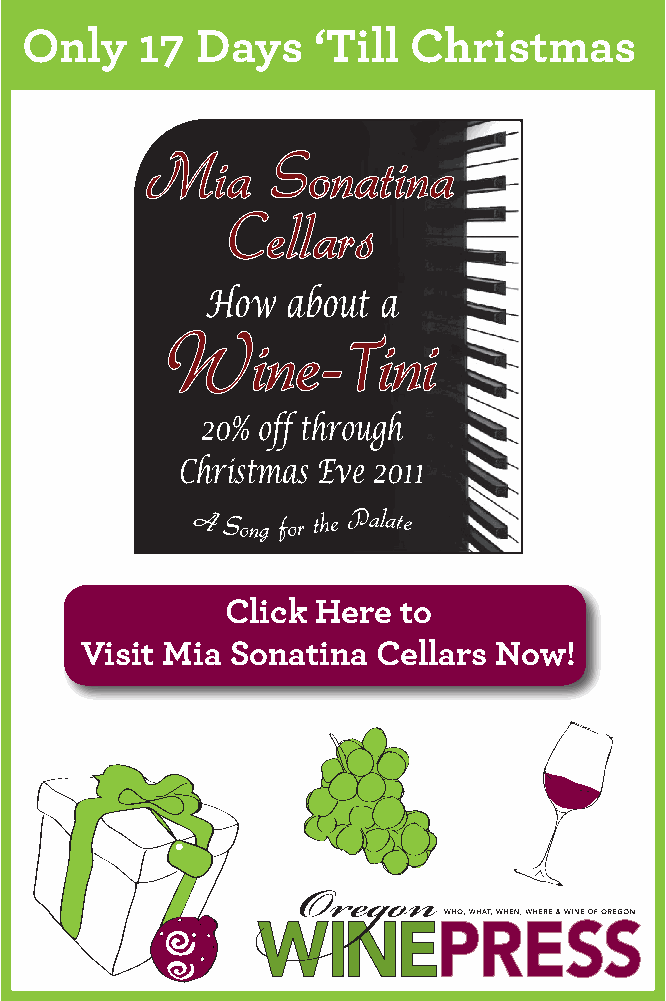
Only    17  Days    ‘Till Christmas
 Mia     Sonatina
 Cellars
 How  about a
 Wine-         ini
 T
 20% off through
 Christmas Eve 2011
 A Song for the Palate
 Click Here  to
 Visit Mia Sonatina  Cellars Now!